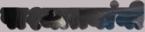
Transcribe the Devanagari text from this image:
पाश्चात्त्यांनी